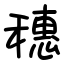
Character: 穗